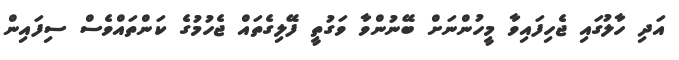
އަދި ހާލުގައި ޖެހިފައިވާ މީހުންނަށް ބޭނުންވާ ވަގުތީ ފޭލިގެތައް ޖެހުމުގެ ކަންތައްވެސް ސިފައިން